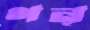
গন্